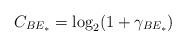
LaTeX: \begin{align*}C_{BE_*} = \log_2(1+\gamma_{BE_*})\end{align*}